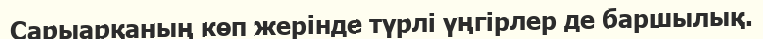
Сарыарқаның көп жерінде түрлі үңгірлер де баршылық.